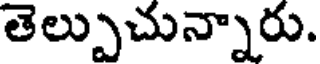
తెల్పుచున్నారు.